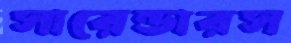
সারেন্ডারস